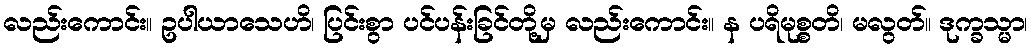
လည်းကောင်း။ ဥပါယာသေဟိ၊ ပြင်းစွာ ပင်ပန်းခြင်တို့မှ လည်းကောင်း။ န ပရိမုစ္စတိ၊ မလွတ်။ ဒုက္ခသ္မာ၊